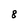
Character: 8